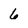
Character: 6